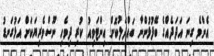
އެންމެ ގިނަ އަދަދެއްގެ ބޭފުޅުންނާ ބައްދަލުކޮށް އިންޓަވިއު ކުރި ދިވެހި ނޫސްވެރިޔަކަށް އަޅުގަނޑު